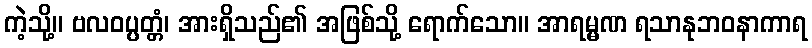
ကဲ့သို့။ ဗလဝပ္ပတ္တံ၊ အားရှိသည်၏ အဖြစ်သို့ ရောက်သော။ အာရမ္မဏ ရသာနုဘဝနာကာရ